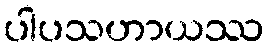
ပါပသဟာယဿ